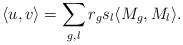
LaTeX: \begin{align*} \langle u,v\rangle=\sum_{g,l}r_g s_l\langle M_g,M_l\rangle.\end{align*}